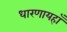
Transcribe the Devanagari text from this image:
धारणायहाँ